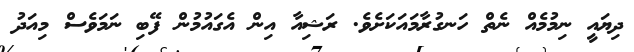
ދިޔައީ ނިމުމެއް ނެތް ހަނގުރާމައަކަށެވެ. ރަޝިއާ އިން އެގައުމުން ފޭބި ނަމަވެސް މިއަދު